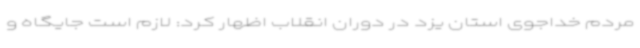
مردم خداجوی استان یزد در دوران انقلاب اظهار کرد: لازم است جایگاه و